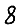
Digit: 8